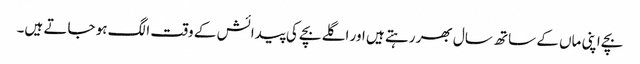
بچے اپنی ماں کے ساتھ سال بھر رہتے ہیں اور اگلے بچے کی پیدائش کے وقت الگ ہو جاتے ہیں۔